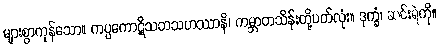
များစွာကုန်သော။ ကပ္ပကောဋိသတသဟဿာနိ၊ ကမ္ဘာတသိန်းတို့ပတ်လုံး။ ဒုက္ခံ၊ ဆင်းရဲကို။